Vital statistics of India. Vol. IV, Annual returns from 1871 to 1876. British Army of India, Native Army and jails of Bengal
Year: 1871
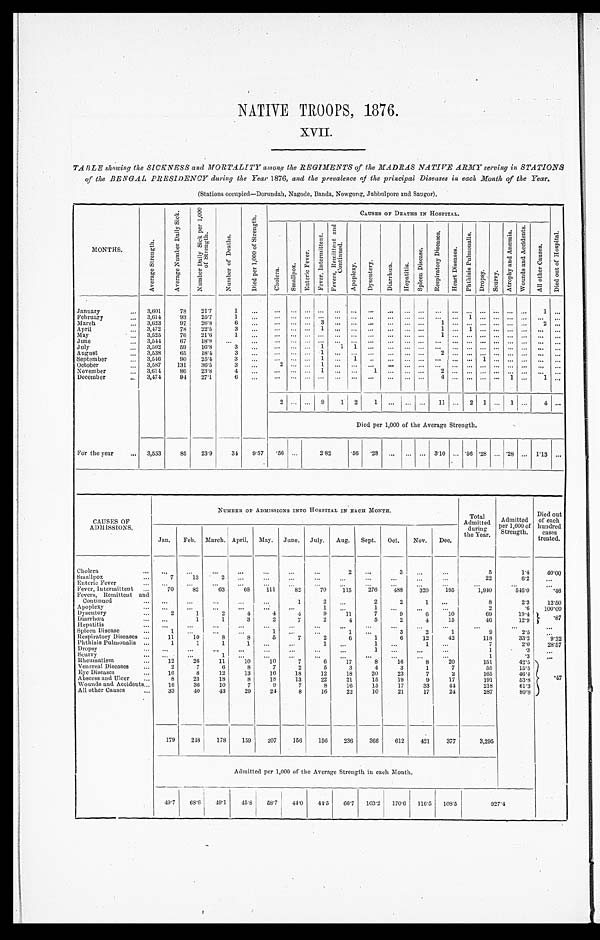
NATIVE TROOPS, 1876.
XVII.
TABLE showing the SICKNESS and MORTALITY among the REGIMENTS of the MADRAS NATIVE ARMY serving in STATIONS
of the BENGAL PRESIDENCY during the Year 1876, and the prevalence of the principal Diseases in each Month of the Year.
(Stations occupied—Dorundah, Nagode, Banda, Nowgong, Jubbulpore and Saugor).
MONTHS.
A v e r a g e S t r e n g t h .
A v e r a g e N u m b e r D a i l y S i c k .
N u m b e r D a i l y S i c k P e r 1 , 0 0 0
o f S t r e n g t h .
N u m b e r o f D e a t h s .
D i e d p e r 1 , 0 0 0 0 o f S t r e n g t h .
CAUSES OF DEATHS IN HOSPITAL.
D i e d o u t o f H o s p i t a l .
C h o l e r a .
S m a l l p o x .
E n t e r i c F e v e r .
F e v e r , I n t e r m i t t e n t .
F e v e r s , R e m i t t e n t a n d
C o n t i n u e d .
A p o p l e x y . D y s e n t e r y . D i a r r h œ a . H e p a t i t i s .
S p l e e n D i s e a s e s .
R e s p i r a t o r y D i s e a s e s .
H e a r t D i s e a s e s .
P h t h i s i s P u l m o n a l i s .
D r o p s y . S c u r v y .
A t r o p h y a n d A n æ m i a .
W o u n d s a n d A c c i d e n t s .
A l l o t h e r C a u s e s .
January
3,601 78 21. 7
1
1
February
3,614 93 25. 7
1
1
March
3,623 97 26. 8
6
3
1
2
April
3,472 78 22. 5
3
1
1
1
May
3,525 76 21.6
1
1
June
3,544 67 18. 9
July
3,502 59 16. 8
3
1 1 1
August
3,538 65 18. 4
3
1
2
September
3,546 90 25. 4
3
1
1
1
October
3,587 131 36. 5
3
2
1
November
3,614 86 23. 8
4
1
1
2
December
3,474 94 27. 1
6
4
1
1
2
9 1 2 1
11
2 1
1
4
Died per 1,000 of the Average Strength.
For the year
3,553 85 23. 9 34 9.57 . 5 6
2 . 8 2
. 5 6 . 2 8
3.10 .56 .28 .28
1.13
CAUSES OF
ADMISSIONS.
NUMBER OF ADMISSIONS INTO HOSPITAL IN EACH MONTH.
Total
Admitted during
the Year.
Admitted
per 1,000 of
Strength.
Died out
of each
hundred cases
treated.
Jan. Feb. March. April. May. June. July. Aug. Sept. Oct. Nov. Dec.
Cholera
2
3
5
1.4 4 0 . 0 0
Smallpox
7 13
2
22
6.2
Enteric Fever
Fever, Intermittent
70 82 63 68 111 82 70 115 276 488 320 195
1,940
5 4 6 . 0
. 4 6
Fevers, Remittent and
Continued
1
2
2
2
1
8
2.3 1 2 . 5 0
Apoplexy
1
1
2
.6 1 0 0 . 0 0
Dysentery
2
1
2
4
4
4
9 11
7
9
6 10
69
19.4 .87
Diarrhœa
1
1
3
2
7
2
4
5
2
4 15
46
12.9
H e p a t i t i s .
Spl een Di sease
1
1
1
3
2
1
9
2 . 5
Respi ratory Di seases
11 10
8
8
5
7
2
6
1
6 12 42
118
33.2
9 . 3 2
Phthisis Pulmonalis
1
1
1
1
1
1
1
7
2.0 2 8 . 5 7
D r o p s y
1
1
.3
S c u r v y
1
1
.3
Rheumatism
12 26 11 10 10
7
6 17
8 16
8 20
151
42.5
.47
Venereal Diseases
2
7
6
8
7
2
5
3
4
3
1
7
55
1 5 . 5
Eye Diseases
16
8 12 13 16 18 12 18 20 23
7
2
165
4 6 . 4
Abscess and Ul cer
8 23 18
8 18 13 22 21 15 19
9 17
191
53.8
Wounds and Accidents
16 36 10
7
9
7
8 16 15 17 33 44
218
61.3
All other Causes
33 40 43 29 24
8 16 22 10 21 17 24
287
80.8
179 248 178 159 207 156 156 236 366 612 421 377
3,295
Admitted per 1,000 of the Average Strength in each Month.
49.7 68.6 49.1 45.8 58.7 44.0 44.5 66.7 103.2 170.6 116.5 108.5
9 2 7 . 4